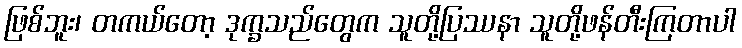
ဖြစ်ဘူး၊ တကယ်တော့ ဒုက္ခသည်တွေက သူတို့ပြဿနာ သူတို့ဖန်တီးကြတာပါ